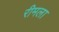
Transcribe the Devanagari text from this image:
रीमला